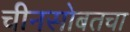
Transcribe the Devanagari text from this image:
चीनसोबतचा